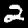
Label: 2